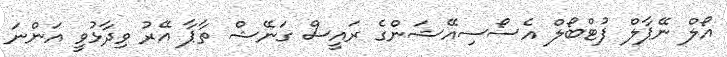
އޯލް ނޭޕާލް ފުޓްބޯލް އެސޯސިއޭޝަންގެ ރައީސް ގަނޭޝް ތާޕާ އޭރު ވިދާޅުވީ އަންނަ